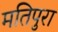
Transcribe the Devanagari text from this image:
मतिपुरा